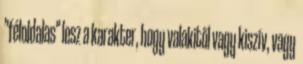
"féloldalas" lesz a karakter, hogy valakitől vagy kiszív, vagy